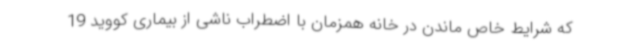
که شرایط خاص ماندن در خانه همزمان با اضطراب ناشی از بیماری کووید 19